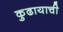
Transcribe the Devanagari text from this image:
कुढायाची